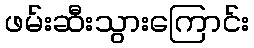
ဖမ်းဆီးသွားကြောင်း